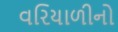
વરિયાળીનો